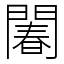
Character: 䦮